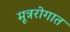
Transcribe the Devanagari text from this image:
मूत्ररोगात